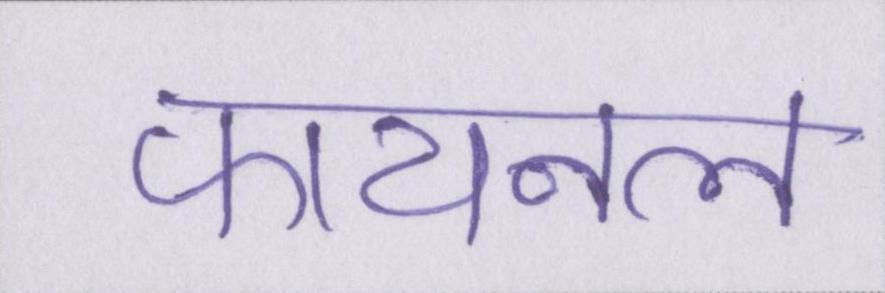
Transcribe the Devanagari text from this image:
फायनल